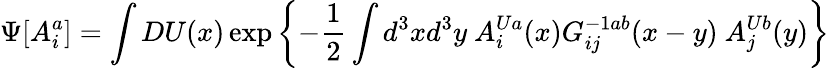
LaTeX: \Psi[A_{i}^{a}]=\int DU(x)\exp\left\{ -{\frac{1}{2}}\int d^{3}xd^{3}y\ A_{i}^{Ua}(x)G_{ij}^{-1ab}(x-y)\ A_{j}^{Ub}(y)\right\}